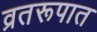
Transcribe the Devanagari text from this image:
व्रतरूपात